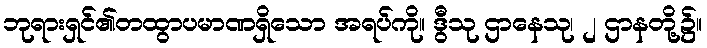
ဘုရားရှင်၏တထွာပမာဏရှိသော အရပ်ကို။ ဒွီသု ဌာနေသု၊ ၂ ဌာနတို့၌။